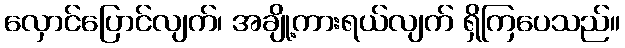
လှောင်ပြောင်လျက်၊ အချို့ကားရယ်လျက် ရှိကြပေသည်။